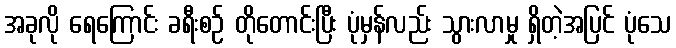
အခုလို ရေကြောင်း ခရီးစဉ် တိုတောင်းပြီး ပုံမှန်လည်း သွားလာမှု ရှိတဲ့အပြင် ပုံသေ